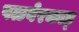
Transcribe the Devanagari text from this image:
पळवेरकाड्